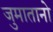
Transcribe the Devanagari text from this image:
जुमातानो